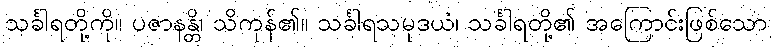
သင်္ခါရတို့ကို။ ပဇာနန္တိ၊ သိကုန်၏။ သင်္ခါရသမုဒယံ၊ သင်္ခါရတို့၏ အကြောင်းဖြစ်သော